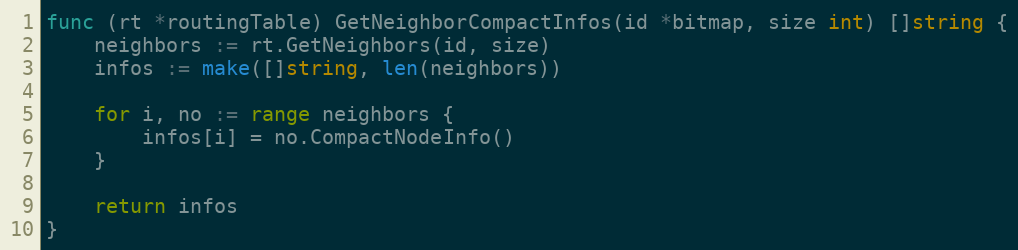
Language: Go
func (rt *routingTable) GetNeighborCompactInfos(id *bitmap, size int) []string {
	neighbors := rt.GetNeighbors(id, size)
	infos := make([]string, len(neighbors))

	for i, no := range neighbors {
		infos[i] = no.CompactNodeInfo()
	}

	return infos
}